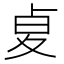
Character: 𠧫